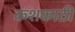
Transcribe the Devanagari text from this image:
कशकाठी